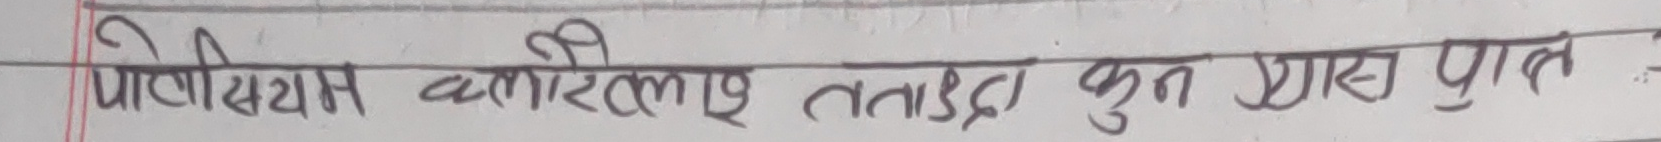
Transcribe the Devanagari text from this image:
पोटेशियम क्लोरिए तथाड़ा कुन धातु प्राप्त